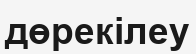
дөрекілеу